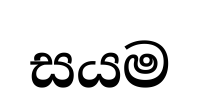
සයම